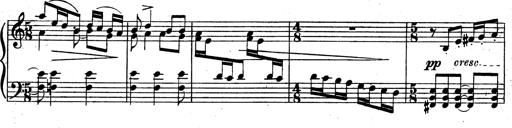
Title: 3 Sonatinas for Piano
Composer: Vissarion Shebalin